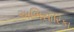
અભિસારિકા